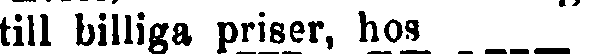
till billiga priser, hos